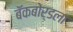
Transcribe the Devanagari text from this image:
बॅकबोर्डला